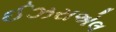
ઈઝરાએલ